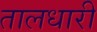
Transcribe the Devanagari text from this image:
तालधारी